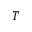
T